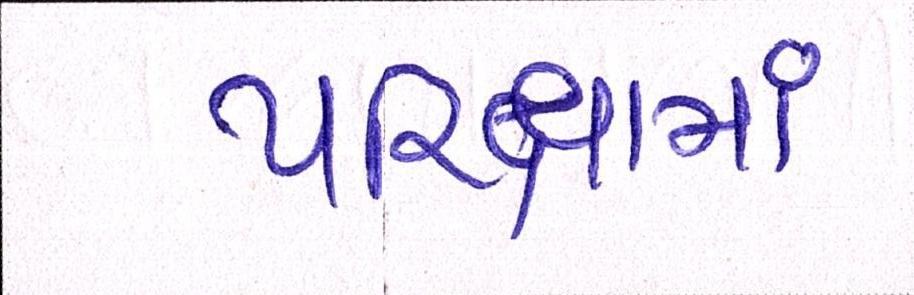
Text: પરિક્ષામાં